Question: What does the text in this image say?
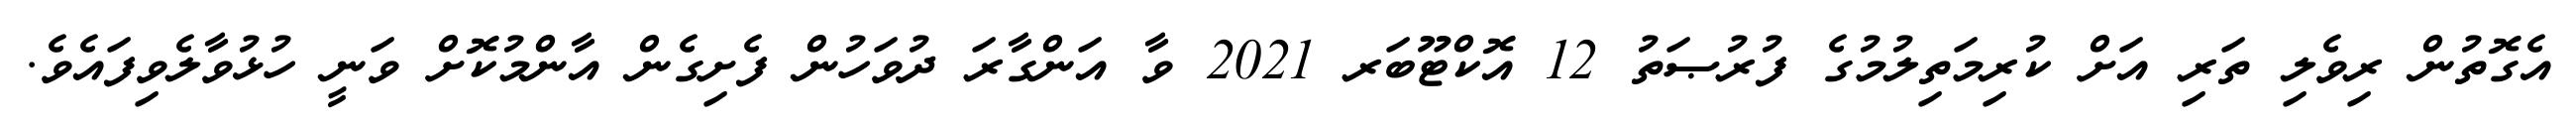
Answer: އެގޮތުން ރިވެލި ތަރި އަށް ކުރިމަތިލުމުގެ ފުރުޞަތު 12 އޮކްޓޫބަރ 2021 ވާ އަންގާރަ ދުވަހުން ފެށިގެން އާންމުކޮށް ވަނީ ހުޅުވާލެވިފައެވެ.